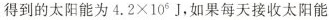
得到的太阳能为$$4 . 2 \times 1 0 ^ { 6 } J$$，如果每天接收太阳能